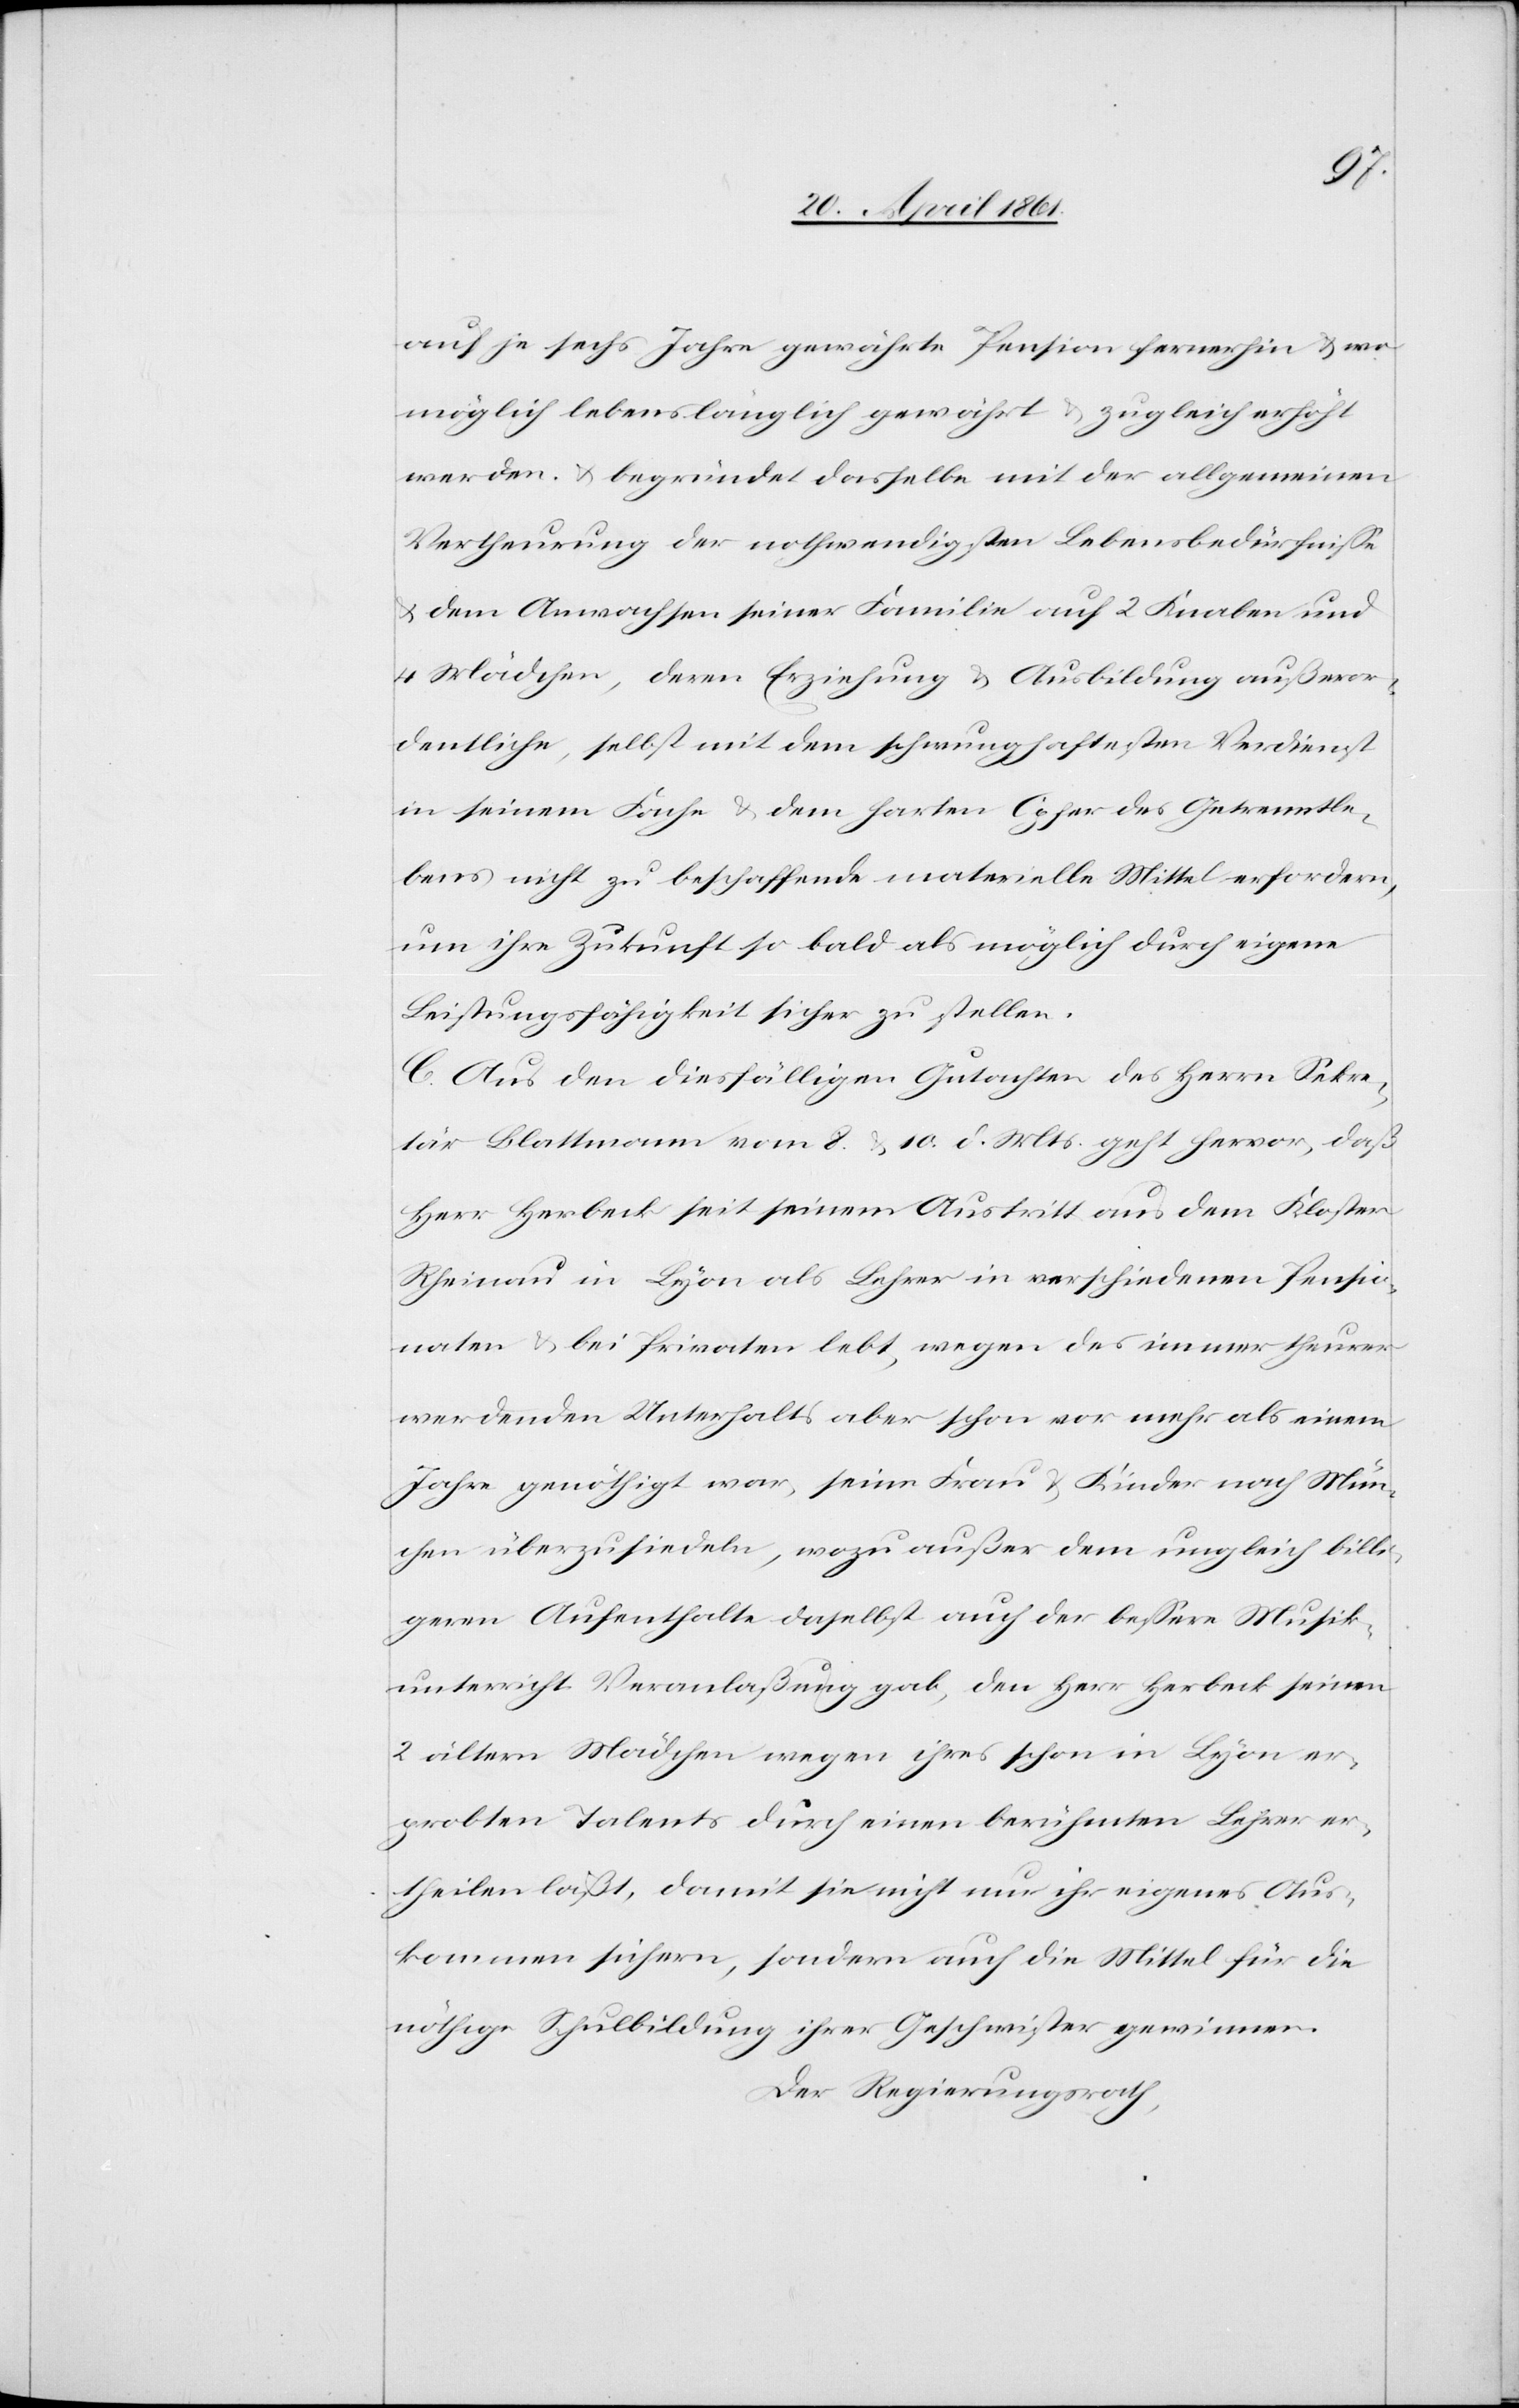
auf je sechs Jahre gewährte Pension fernerhin u. wo
möglich lebenslänglich gewährt u. zugleich erhöht
werden u. begründet dasselbe mit der allgemeinen
Vertheurung der nothwendigsten Lebensbedürfnisse
u. dem Anwachsen seiner Familie auf 2 Knaben und
4 Mädchen, deren Erziehung u. Ausbildung außeror¬
dentliche, selbst mit dem schwunghaftesten Verdienst
in seinem Fache u. dem harten Opfer des Getrenntle¬
bens nicht zu beschaffende materielle Mittel erfordern,
um ihre Zukunft so bald als möglich durch eigene
Leistungsfähigkeit sicher zu stellen.
C. Aus den diesfälligen Gutachten des Herrn Sekre¬
tär Blattmann vom 8. u. 10. d. Mts. geht hervor, daß
Herr Herbeck seit seinem Austritt aus dem Kloster
Rheinau in Lyon als Lehrer in verschiedenen Pensio¬
naten u. bei Privaten lebt, wegen des immer theurer
werdenden Unterhalts aber schon vor mehr als einem
Jahre genöthigt war, seine Frau u. Kinder nach Mün¬
chen überzusiedeln, wozu außer dem ungleich billi¬
geren Aufenthalte daselbst auch der bessere Musik¬
unterricht Veranlaßung gab, den Herr Herbeck seinen
2 ältern Mädchen wegen ihres schon in Lyon er¬
probten Talents durch einen berühmten Lehrer er¬
theilen läßt, damit sie nicht nur ihr eigenes Aus¬
kommen sichern, sondern auch die Mittel für die
nöthige Schulbildung ihrer Geschwister gewinnen.
Der Regierungsrath,